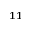
^ { 1 1 }